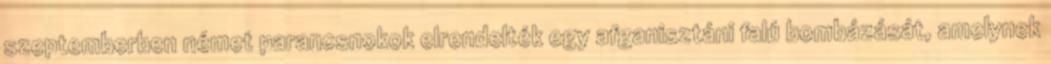
szeptemberben német parancsnokok elrendelték egy afganisztáni falú bombázását, amelynek